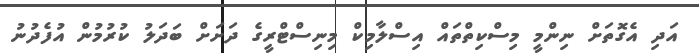
އަދި އެގޮތަށް ނިންމީ މިސްކިތްތައް އިސްލާމިކް މިނިސްޓްރީގެ ދަށަށް ބަދަލު ކުރުމުން އުފެދުނު